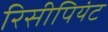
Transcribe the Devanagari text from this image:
रिसीपियंट